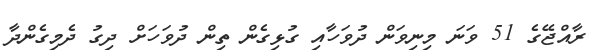
ރާއްޖޭގެ 51 ވަނަ މިނިވަން ދުވަހާއި ގުޅިގެން ތިން ދުވަހަށް ދިގު ދެމިގެންދާ